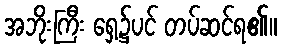
အဘိုးကြီး ရှေ့၌ပင် တပ်ဆင်ရ၏။